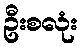
ဦးစလုံး